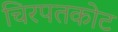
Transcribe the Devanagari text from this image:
चिरपतकोट